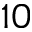
1 0